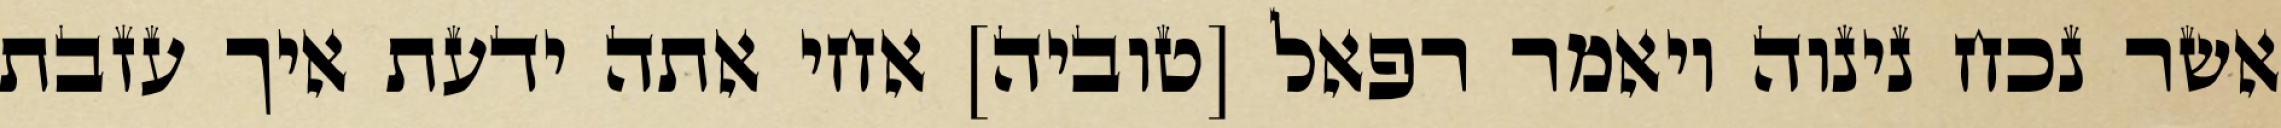
אשר נכח נינוה ויאמר רפאל [טוביה] אחי אתה ידעת איך עזבת